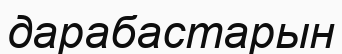
дарабастарын